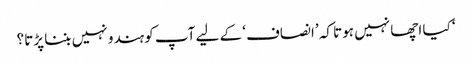
‘ کیا اچھا نہیں ہوتا کہ ’انصاف‘ کے لیے آپ کو ہندو نہیں بننا پڑتا؟